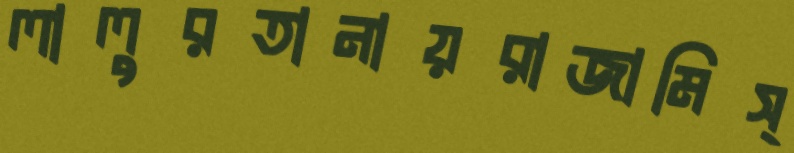
লালুরতানায়রাজামিস্